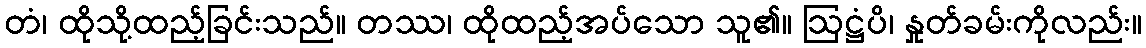
တံ၊ ထိုသို့ထည့်ခြင်းသည်။ တဿ၊ ထိုထည့်အပ်သော သူ၏။ ဩဋ္ဌံပိ၊ နှုတ်ခမ်းကိုလည်း။